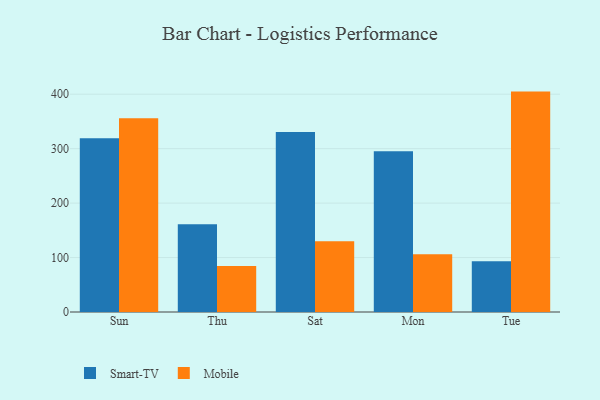
{"axis": {"x": "Day", "y": "Latency (ms)"}, "legend": ["Mobile", "Smart-TV"], "data": [{"x": "Sun", "y": 319.2, "type": "Smart-TV"}, {"x": "Sun", "y": 355.9, "type": "Mobile"}, {"x": "Thu", "y": 161.3, "type": "Smart-TV"}, {"x": "Thu", "y": 84.3, "type": "Mobile"}, {"x": "Sat", "y": 330.6, "type": "Smart-TV"}, {"x": "Sat", "y": 130.0, "type": "Mobile"}, {"x": "Mon", "y": 295.1, "type": "Smart-TV"}, {"x": "Mon", "y": 106.1, "type": "Mobile"}, {"x": "Tue", "y": 93.4, "type": "Smart-TV"}, {"x": "Tue", "y": 404.8, "type": "Mobile"}]}